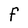
Character: F